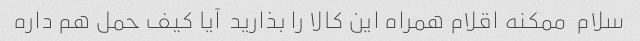
سلام  ممکنه اقلام همراه این کالا را بذارید  آیا کیف حمل هم داره